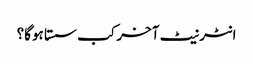
انٹرنیٹ آخر کب سستا ہوگا؟